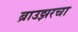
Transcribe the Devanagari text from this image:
ब्राउझरचा